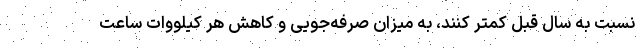
نسبت به سال قبل کمتر کنند، به میزان صرفه‌جویی و کاهش هر کیلووات ساعت